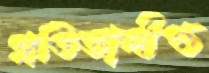
প্রতিভাদীপ্ত